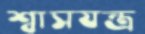
শ্বাসযন্ত্র